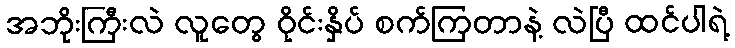
အဘိုးကြီးလဲ လူတွေ ဝိုင်းနှိပ် စက်ကြတာနဲ့ လဲပြီ ထင်ပါရဲ့